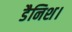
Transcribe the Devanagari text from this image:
डैनिश।